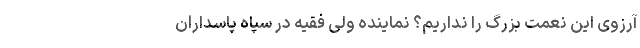
آرزوی این نعمت بزرگ را نداریم؟ نماینده ولی فقیه در سپاه پاسداران